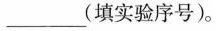
___(填实验序号)。